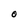
Character: O